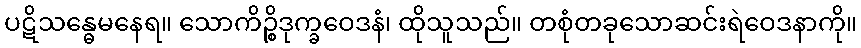
ပဋိသန္ဓေမနေရ။ သောကိဉ္စိဒုက္ခဝေဒနံ၊ ထိုသူသည်။ တစုံတခုသောဆင်းရဲဝေဒနာကို။